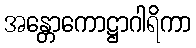
အန္တောကောဋ္ဌာဂါရိကာ